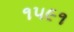
૧૫૯૧